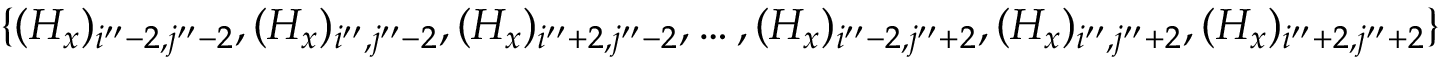
\{ ( H _ { x } ) _ { i ^ { \prime \prime } - 2 , j ^ { \prime \prime } - 2 } , ( H _ { x } ) _ { i ^ { \prime \prime } , j ^ { \prime \prime } - 2 } , ( H _ { x } ) _ { i ^ { \prime \prime } + 2 , j ^ { \prime \prime } - 2 } , \ldots , ( H _ { x } ) _ { i ^ { \prime \prime } - 2 , j ^ { \prime \prime } + 2 } , ( H _ { x } ) _ { i ^ { \prime \prime } , j ^ { \prime \prime } + 2 } , ( H _ { x } ) _ { i ^ { \prime \prime } + 2 , j ^ { \prime \prime } + 2 } \}